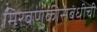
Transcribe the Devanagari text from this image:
मिरवणुकीसंबंधीची